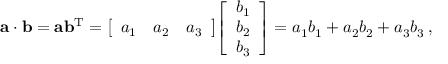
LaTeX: \mathbf { a } \cdot \mathbf { b } = \mathbf { a } \mathbf { b } ^ { \mathrm { T } } = { \left[ \begin{array} { l l l } { a _ { 1 } } & { a _ { 2 } } & { a _ { 3 } } \end{array} \right] } { \left[ \begin{array} { l } { b _ { 1 } } \\ { b _ { 2 } } \\ { b _ { 3 } } \end{array} \right] } = a _ { 1 } b _ { 1 } + a _ { 2 } b _ { 2 } + a _ { 3 } b _ { 3 } \, ,